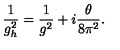
\frac { 1 } { g _ { h } ^ { 2 } } = \frac { 1 } { g ^ { 2 } } + i \frac { \theta } { 8 \pi ^ { 2 } } .